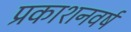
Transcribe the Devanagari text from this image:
प्रकाशनवर्ष